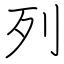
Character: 列